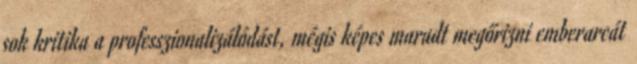
sok kritika a professzionalizálódást, mégis képes maradt megőrizni emberarcát